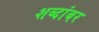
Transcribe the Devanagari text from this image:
शब्दांबर